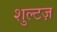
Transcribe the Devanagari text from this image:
शुल्टज़